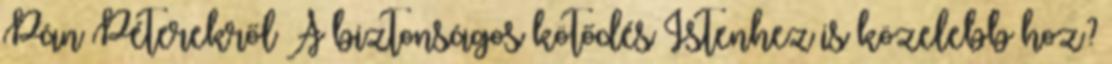
Pán Péterekről A biztonságos kötődés Istenhez is közelebb hoz?